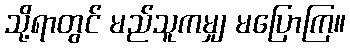
သို့ရာတွင် မည်သူကမျှ မပြောကြ။